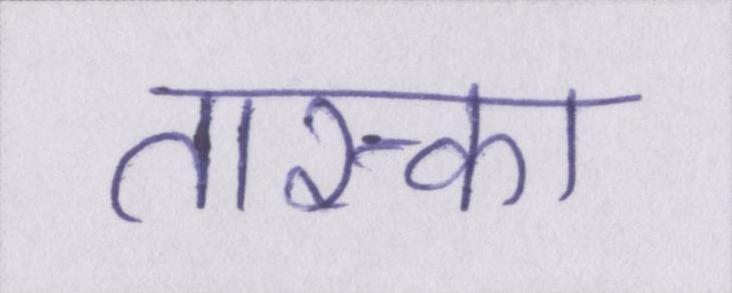
तास्का